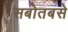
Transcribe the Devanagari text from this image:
सबोतबसे